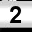
Digit: 2